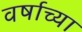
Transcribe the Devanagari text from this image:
वर्षाच्‍या